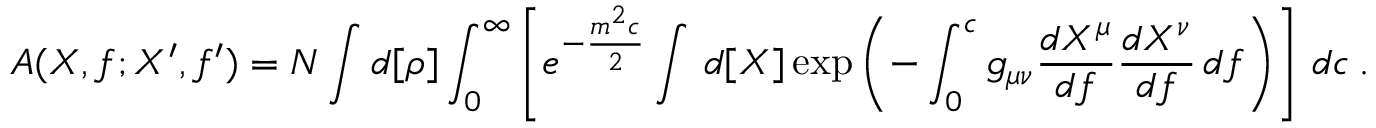
A ( X , f ; X ^ { \prime } , f ^ { \prime } ) = N \int d [ \rho ] \int _ { 0 } ^ { \infty } \left[ e ^ { - \frac { m ^ { 2 } c } { 2 } } \int \, d [ X ] \exp \left( - \int _ { 0 } ^ { c } g _ { \mu \nu } \frac { d X ^ { \mu } } { d f } \frac { d X ^ { \nu } } { d f } \, d f \right) \right] \, d c \: . \nonumber